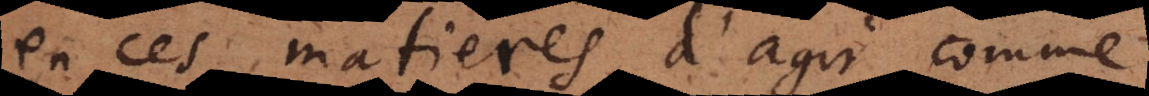
en ces matieres, d’agir comme